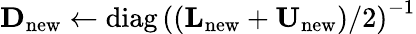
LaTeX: \mathbf{D}_{\mathrm{new}}\leftarrow\operatorname{diag}\left(\left(\mathbf{L}_{\mathrm{new}}+\mathbf{U}_{\mathrm{new}}\right)/2\right)^{-1}